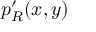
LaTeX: p _ { R } ^ { \prime } ( x , y )